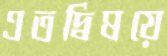
এতদ্বিষয়ে